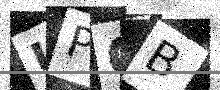
Text: UPQB